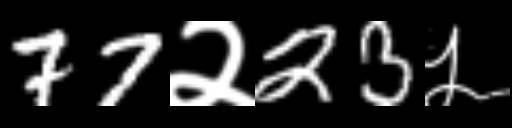
Text: 77२23५